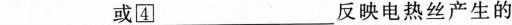
___或\square{4}___反映电热丝产生的